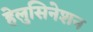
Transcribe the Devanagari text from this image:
हेलुसिनेशन